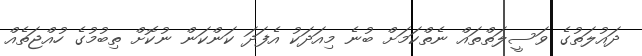
ދައުލަތުގެ ވަސީލަތްތައް ނެތްކަމަށް ބުނެ މިއަދަކު އެފަދަ ކަންކަން ނުކޮށް ތިބުމުގެ ހުއްޖަތެއް